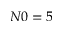
N 0 = 5